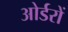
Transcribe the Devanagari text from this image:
ओर्डरों